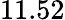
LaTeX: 11.52